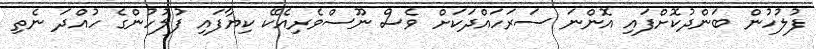
ފުލުހުން ބަންދުކޮށްފައި އޮންނަ ސަރަހައްދަކަށް ވެސް ނޫސްވެރިއެކޭ ކިޔާފައި ފުލުހުންގެ ހުއްދަ ނެތި